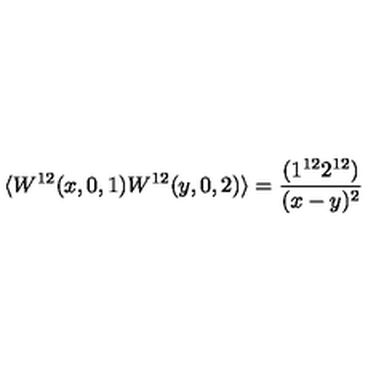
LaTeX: \langle W ^ { 1 2 } ( x , 0 , 1 ) W ^ { 1 2 } ( y , 0 , 2 ) \rangle = \frac { ( 1 ^ { 1 2 } 2 ^ { 1 2 } ) } { ( x - y ) ^ { 2 } }